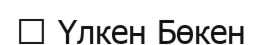
→ Үлкен Бөкен